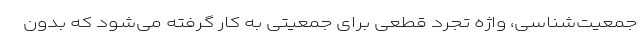
جمعیت‌شناسی، واژه تجرد قطعی برای جمعیتی به کار گرفته می‌شود که بدون